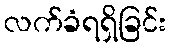
လက်ခံရရှိခြင်း